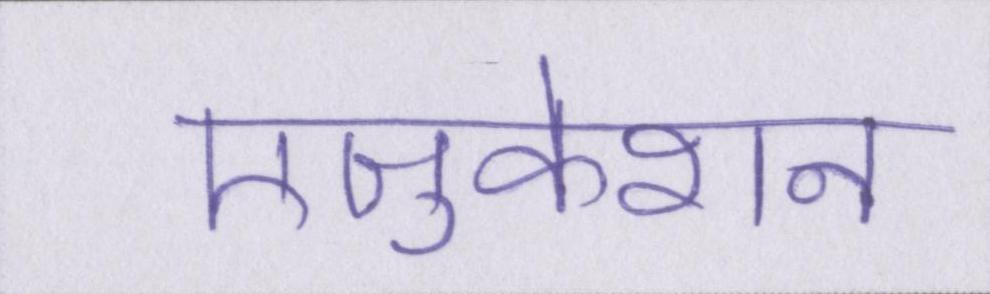
एजुकेशन